Report of the Indian Hemp Drugs Commission, 1894-1895 - Volume III
Year: 1894
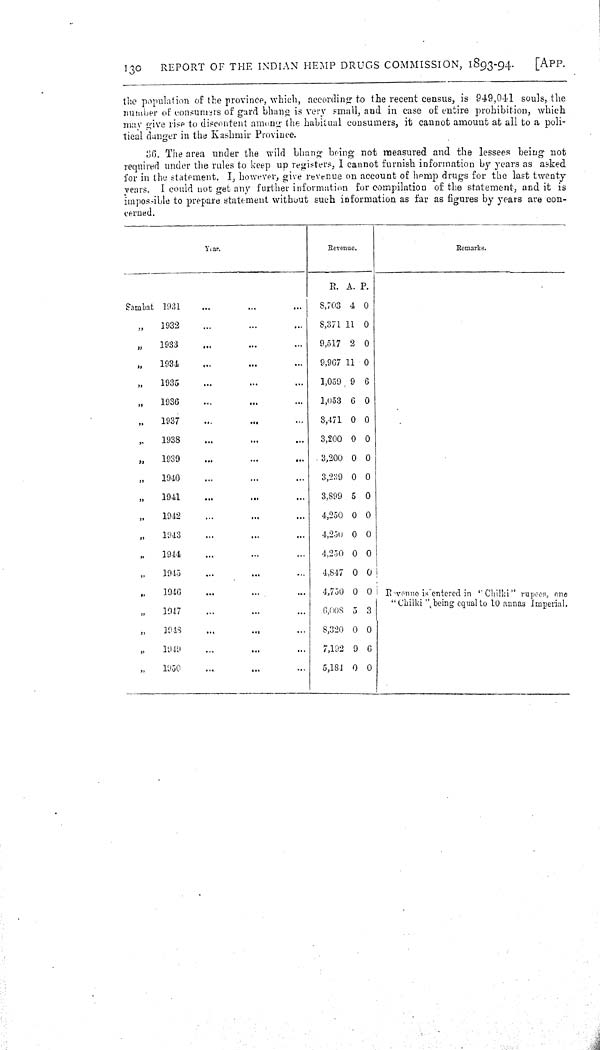
130
REPORT OF THE INDIAN HEMP DRUGS COMMISSION, 1893-94.
[APP.
the population of the province, which, according to the recent census, is 949, 041 souls, the
number of consumers of gard bhang is very email, and in case of entire prohibition, which
may give rise to discontent among the habitual consumers, it cannot amount at all to a poli-
tical danger in the Kashmir Province.
36. The area under the wild bhang being not measured and the lessees being not
required under the rules to keep up registers, I cannot furnish information by years as asked
for in the statement. I, however, give revenue on account of hemp drugs for the last twenty
years. I could not get any further information for compilation of the statement, and it is
impossible to prepare statement without such information as far as figures by years are con-
cerned.
Year.
Revenue.
Remarks.
R. A. P.
Sambat 1931
8,703 4 0
"
1932
8,371 11 0
"
1933
9,517 2 0
"
1934
9,967 11 0
"
1935
1,059 9 6
"
1936
1,053 6 0
"
1937
3,471 0 0
"
1938
3,200 0 0
"
1939
3,200 0 0
"
1940
3,239 0 0
"
1941
3,899 5 0
"
1942
4,250 0 0
"
1943
4,250 0 0
"
1944
4,250 0 0
"
1945
4,847 0 0
"
1946
4,750 0 0 Revenue is entered in "Chilki" rupees, one
"Chilki"'being equal to 10 annas Imperial.
"
1947
6,008 5 3
Revenue is entered in "Chilki" rupees, one
"Chilki"'being equal to 10 annas Imperial.
"
1948
8,320 0 0
"
1949
7,192 9 6
"
1950
5,184 0 0